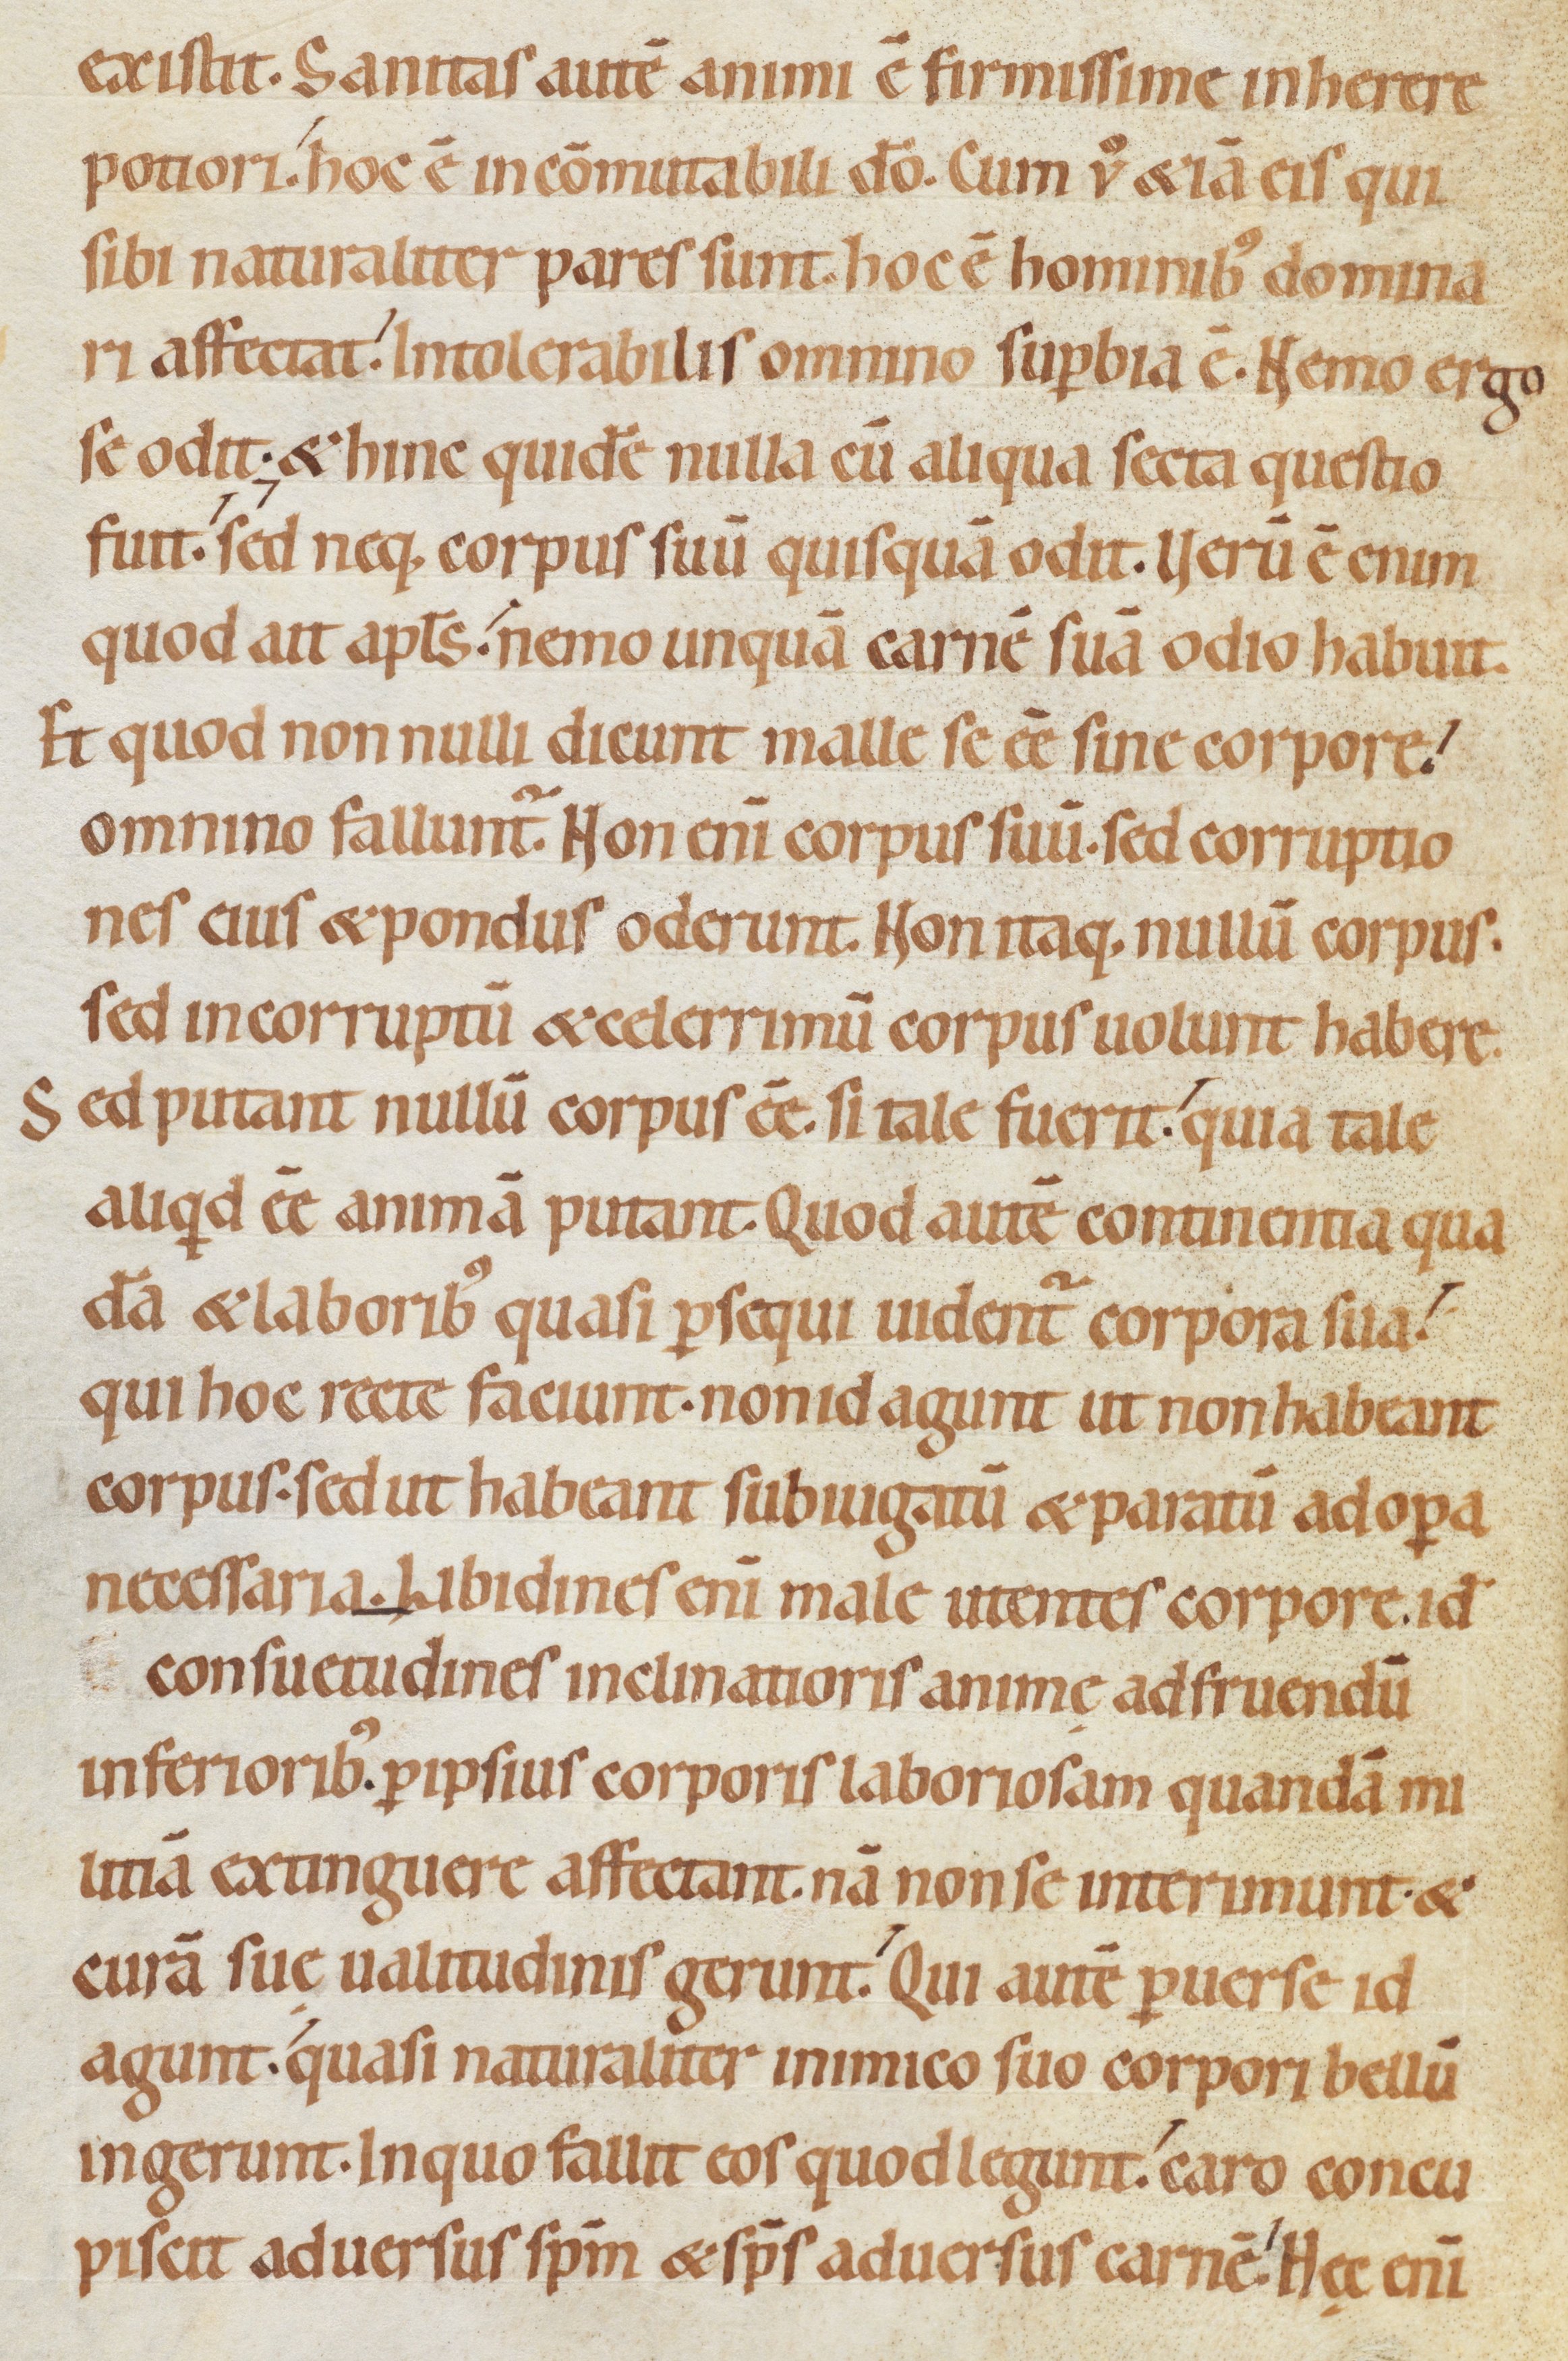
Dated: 1080–1096